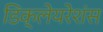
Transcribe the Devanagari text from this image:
डिक्लेयरेशंस